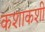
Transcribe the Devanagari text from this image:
कशाकशी